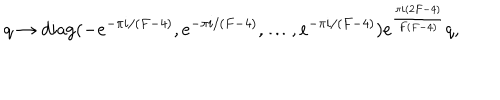
q \to \mathrm { d i a g } ( - e ^ { - \pi i / ( F - 4 ) } , e ^ { - \pi i / ( F - 4 ) } , \ldots , e ^ { - \pi i / ( F - 4 ) } ) e ^ { \frac { \pi i ( 2 F - 4 ) } { F ( F - 4 ) } } q ,